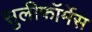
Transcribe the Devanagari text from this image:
सुलीफॉर्मेस